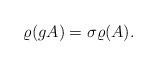
LaTeX: \begin{align*}\varrho(gA)=\sigma\varrho(A).\end{align*}